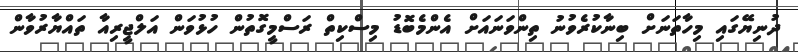
ދުނިޔޭގައި މިހާތަނަށް ބިނާކުރެވުނު ތިންވަނައަށް އެންމެބޮޑު މިސްކިތް ރަސްމީގޮތުން ހުޅުވަން އަލްޖީރިއާ ތައްޔާރުވާން